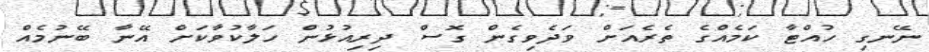
ނޭނގި ހުއްޓާ ކަމެއްގެ ތެރެއަށް ވަދެވިގެން ގޮސް ދިރިއުޅުން ހަލާކުވާކަށް އޭނާ ބޭނުމެއް